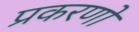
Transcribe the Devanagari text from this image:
प्रकरणो